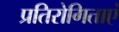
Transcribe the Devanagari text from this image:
प्रतिरोगिताएं